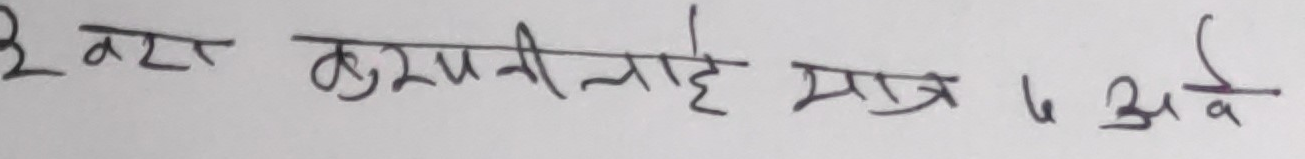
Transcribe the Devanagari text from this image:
३ बटा कुरूपीलाई मात्र ७ अव